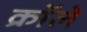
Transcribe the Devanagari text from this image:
क्रॉले